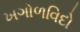
ખગોળવિદો